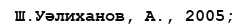
Ш.Уәлиханов, А., 2005;